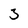
Character: 3